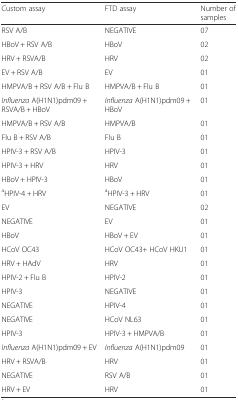
| Custom assay | FTD assay | Number of samples |
 | --- | --- | --- |
 | RSV A/B | NEGATIVE | 07 |
 | HBoV + RSV A/B | HBoV | 02 |
 | HRV + RSVA/B | HRV | 02 |
 | EV + RSV A/B | EV | 01 |
 | HMPVA/B + RSV A/B + Flu B | HMPVA/B + Flu B | 01 |
 | Influenza A(H1N1)pdm09 + RSVA/B + HBoV | Influenza A(H1N1)pdm09 + HBoV | 01 |
 | HMPVA/B + RSV A/B | HMPVA/B | 01 |
 | Flu B + RSV A/B | Flu B | 01 |
 | HPIV-3 + RSV A/B | HPIV-3 | 01 |
 | HPIV-3 + HRV | HRV | 01 |
 | HBoV + HPIV-3 | HBoV | 01 |
 | aHPIV-4 + HRV | aHPIV-3 + HRV | 01 |
 | EV | NEGATIVE | 02 |
 | NEGATIVE | EV | 01 |
 | HBoV | HBoV + EV | 01 |
 | HCoV OC43 | HCoV OC43+ HCoV HKU1 | 01 |
 | HRV + HAdV | HRV | 01 |
 | HPIV-2 + Flu B | HPIV-2 | 01 |
 | HPIV-3 | NEGATIVE | 01 |
 | NEGATIVE | HPIV-4 | 01 |
 | NEGATIVE | HCoV NL63 | 01 |
 | HPIV-3 | HPIV-3 + HMPVA/B | 01 |
 | Influenza A(H1N1)pdm09 + EV | Influenza A(H1N1)pdm09 | 01 |
 | HRV + RSVA/B | HRV | 01 |
 | NEGATIVE | RSV A/B | 01 |
 | HRV + EV | HRV | 01 |